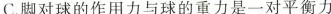
C.脚对球的作用力与球的重力是一对平衡力